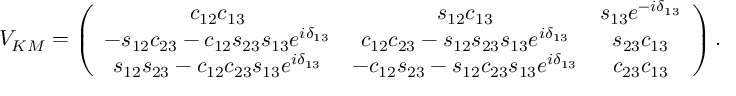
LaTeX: V _ { K M } = \left( \begin{array} { c c c } { { c _ { 1 2 } c _ { 1 3 } } } & { { s _ { 1 2 } c _ { 1 3 } } } & { { s _ { 1 3 } e ^ { - i \delta _ { 1 3 } } } } \\ { { - s _ { 1 2 } c _ { 2 3 } - c _ { 1 2 } s _ { 2 3 } s _ { 1 3 } e ^ { i \delta _ { 1 3 } } } } & { { c _ { 1 2 } c _ { 2 3 } - s _ { 1 2 } s _ { 2 3 } s _ { 1 3 } e ^ { i \delta _ { 1 3 } } } } & { { s _ { 2 3 } c _ { 1 3 } } } \\ { { s _ { 1 2 } s _ { 2 3 } - c _ { 1 2 } c _ { 2 3 } s _ { 1 3 } e ^ { i \delta _ { 1 3 } } } } & { { - c _ { 1 2 } s _ { 2 3 } - s _ { 1 2 } c _ { 2 3 } s _ { 1 3 } e ^ { i \delta _ { 1 3 } } } } & { { c _ { 2 3 } c _ { 1 3 } } } \end{array} \right) .